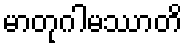
မာတုဂါမဿာတိ